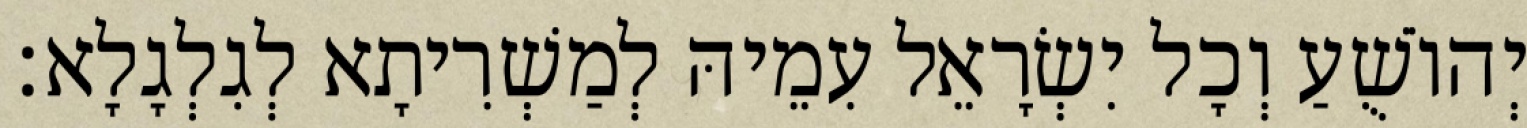
יְהוֹשֻׁעַ וְכָל יִשְׂרָאֵל עִמֵיהּ לְמַשְׁרִיתָא לְגִלְגָלָא׃